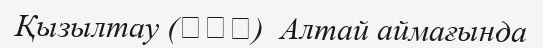
Қызылтау (红山嘴)  Алтай аймағында